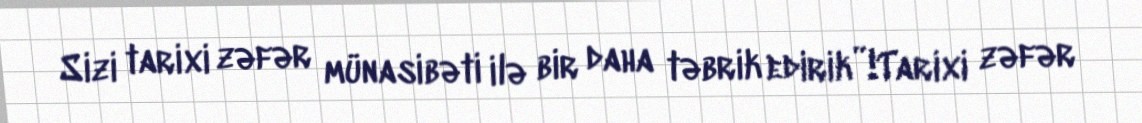
Sizi tarixi zəfər münasibəti ilə bir daha təbrik edirik”!Tarixi zəfər